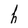
Character: h